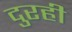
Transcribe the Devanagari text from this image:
दुरही